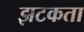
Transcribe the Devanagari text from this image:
झटकता